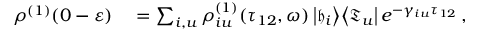
\begin{array} { r l } { \rho ^ { ( 1 ) } ( 0 - \varepsilon ) } & { { } = \sum _ { i , u } \rho _ { i u } ^ { ( 1 ) } ( \tau _ { 1 2 } , \omega ) \left| \mathfrak { h } _ { i } \right> \! \left< \mathfrak { T } _ { u } \right| e ^ { - \gamma _ { i u } \tau _ { 1 2 } } \, , } \end{array}